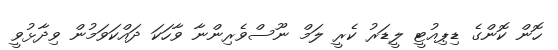
ހޮން ކޮންގެ ޑިޕިއުޓީ ލީޑަރު ކެރީ ލަމް ނޫސްވެރިންނާ ވާހަކަ ދައްކަވަމުން ވިދާޅުވީ